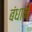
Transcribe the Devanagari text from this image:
बंधानें